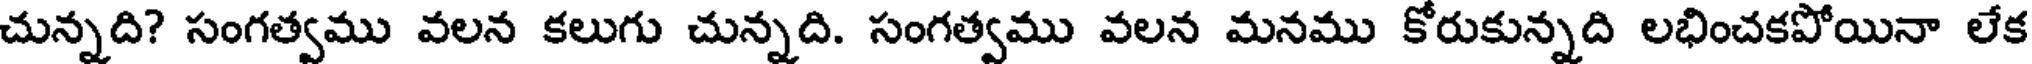
చున్నది? సంగత్వము వలన కలుగు చున్నది. సంగత్వము వలన మనము కోరుకున్నది లభించకపోయినా లేక